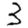
Digit: 3